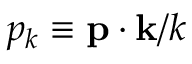
p _ { k } \equiv \mathbf { p } \cdot \mathbf { k } / k